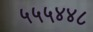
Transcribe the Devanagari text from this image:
५५५४४८